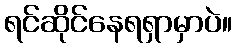
ရင်ဆိုင်နေရရှာမှာပဲ။